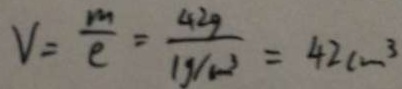
V = \frac { m } { c } = \frac { 4 2 g } { 1 g / c m ^ { 3 } } = 4 2 c m ^ { 3 }